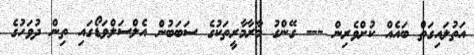
އަތުލައިގަތް ބައެއް ކުށްވެރިން --- ގޭންގު މާރާމާރީތަކުގެ ސަބަބުން އެލްސަލްވަޑޯގައި ތިން ދުވަހުގެ